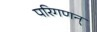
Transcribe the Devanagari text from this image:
परिगणन्